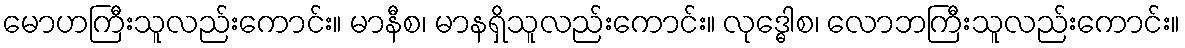
မောဟကြီးသူလည်းကောင်း။ မာနီစ၊ မာနရှိသူလည်းကောင်း။ လုဒ္ဓေါစ၊ လောဘကြီးသူလည်းကောင်း။